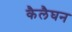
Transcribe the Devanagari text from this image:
कैलैघन